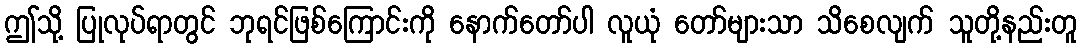
ဤသို့ ပြုလုပ်ရာတွင် ဘုရင်ဖြစ်ကြောင်းကို နောက်တော်ပါ လူယုံ တော်များသာ သိစေလျက် သူတို့နည်းတူ